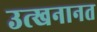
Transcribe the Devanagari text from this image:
उत्खनानत